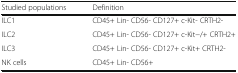
<table><thead><tr><td><b>Studied populations</b></td><td><b>Definition</b></td></tr></thead><tbody><tr><td>ILC1</td><td>CD45+ Lin- CD56- CD127+ c-Kit- CRTH2-</td></tr><tr><td>ILC2</td><td>CD45+ Lin- CD56- CD127+ c-Kit−/+ CRTH2+</td></tr><tr><td>ILC3</td><td>CD45+ Lin- CD56- CD127+ c-Kit+ CRTH2-</td></tr><tr><td>NK cells</td><td>CD45+ Lin- CD56+</td></tr></tbody></table>